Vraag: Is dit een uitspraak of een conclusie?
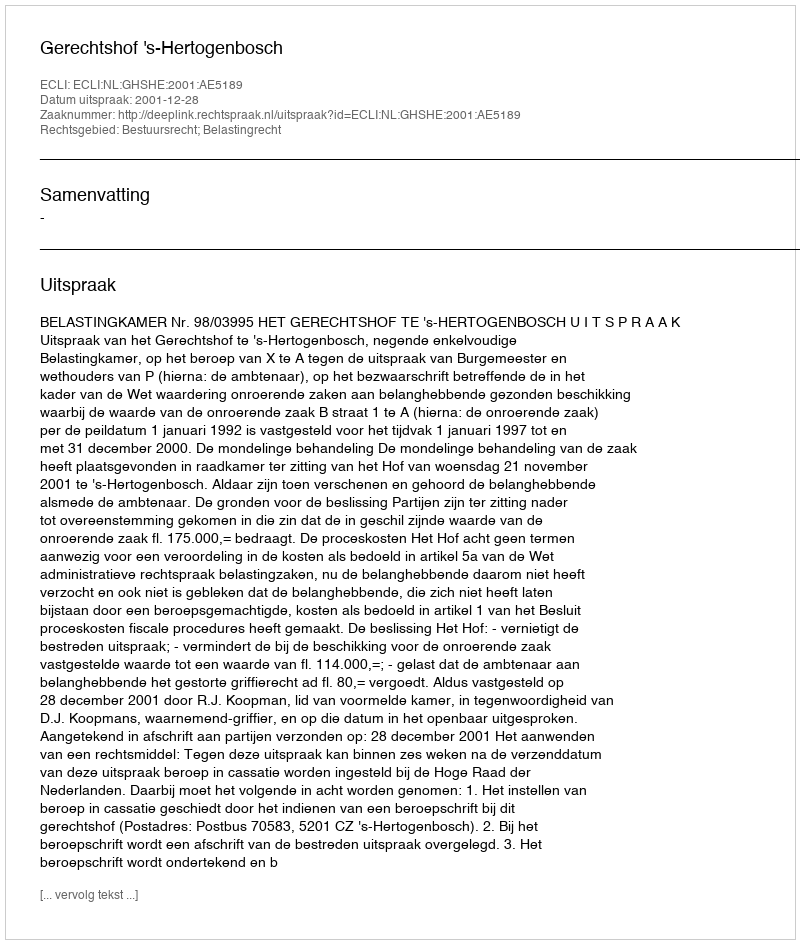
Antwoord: Uitspraak